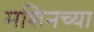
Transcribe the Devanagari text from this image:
मशिनच्या